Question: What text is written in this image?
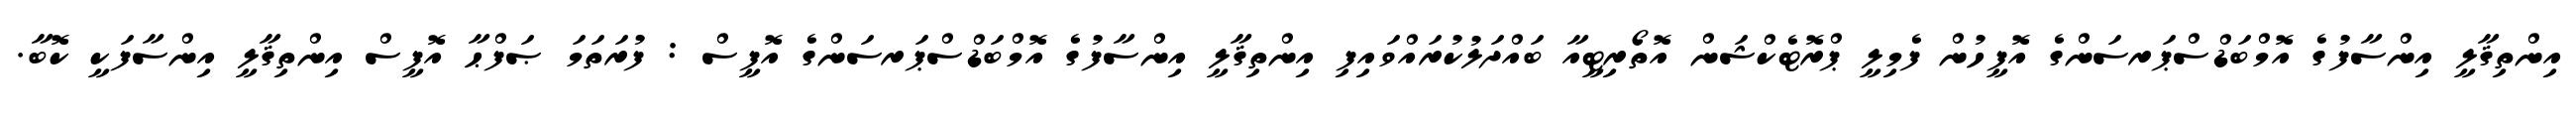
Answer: އިންތިޤާލީ އިންސާފުގެ އޮމްބަޑްސްޕަރސަންގެ އޮފީހުން ފެމިލީ ޕްރޮޓެކްޝަން އޮތޯރިޓީއާ ބައްދަލުކުރައްވައިފި އިންތިޤާލީ އިންސާފުގެ އޮމްބަޑްސްޕަރސަންގެ އޮފީސް : ފުރަތަމަ ޞަފްޙާ އޮފީސް އިންތިޤާލީ އިންސާފަކީ ކޮބާ.